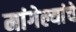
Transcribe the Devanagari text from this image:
मांगेल्यांचे